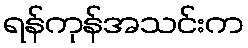
ရန်ကုန်အသင်းက